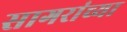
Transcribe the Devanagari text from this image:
सागरांच्या